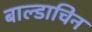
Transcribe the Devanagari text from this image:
बाल्डाचिन